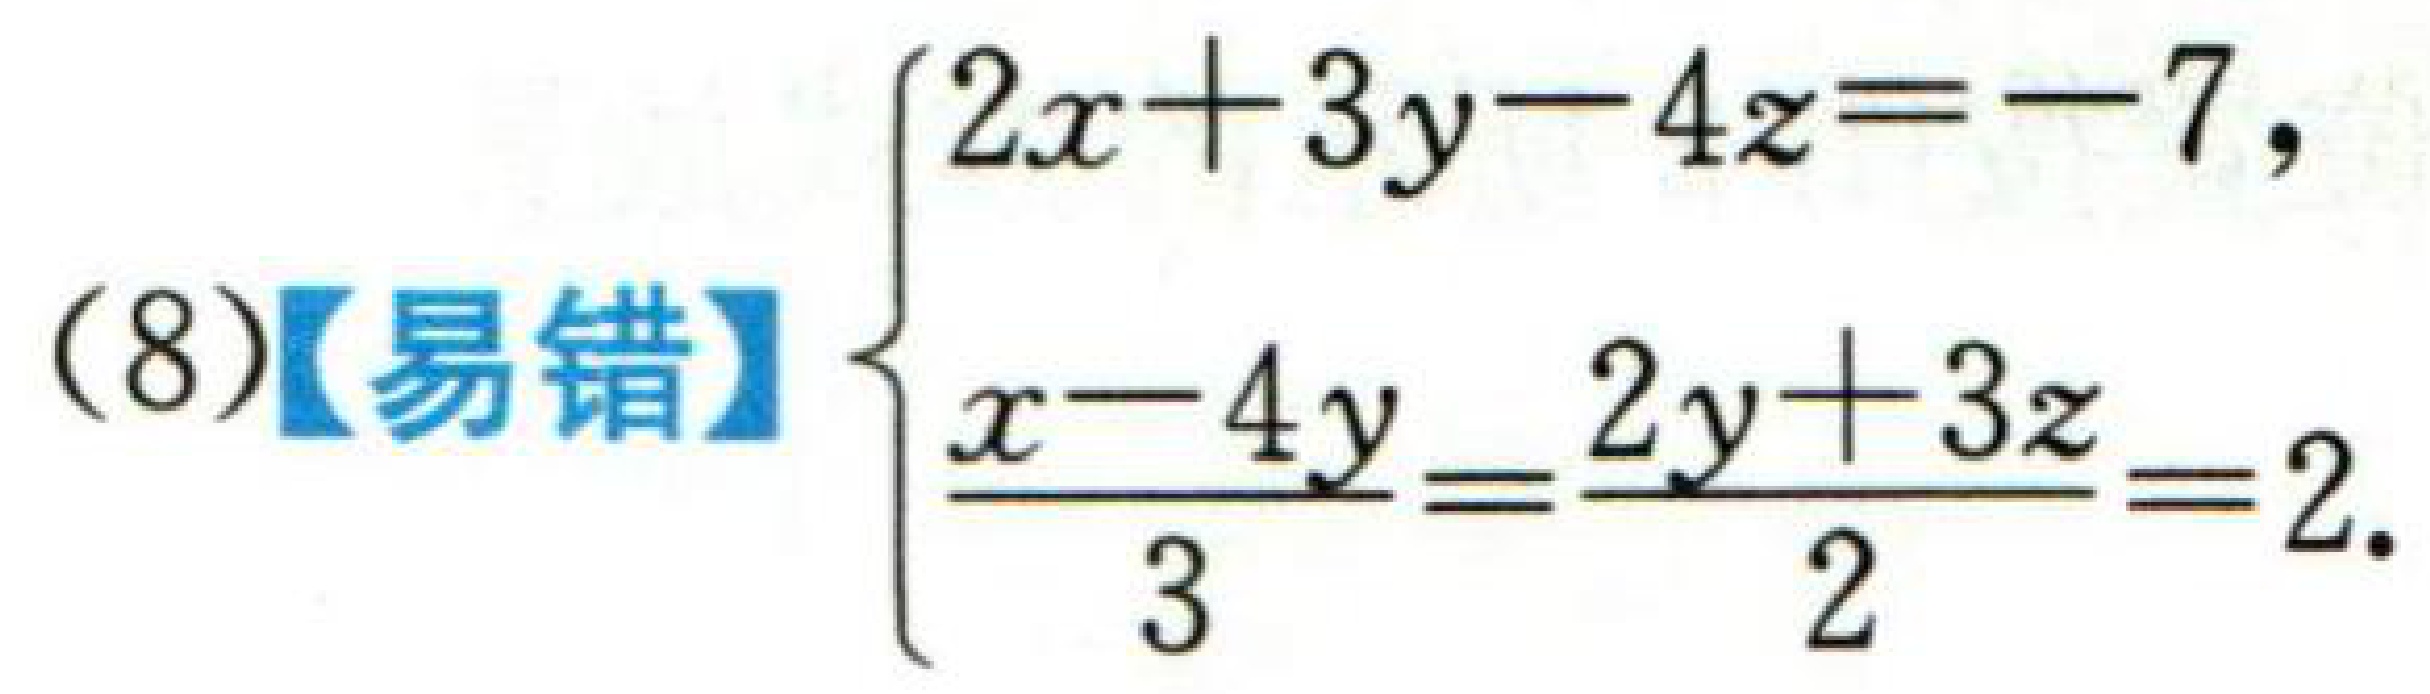
(8)【易错】$\begin{cases}2x + 3y-4z=-7,\\\frac{x - 4y}{3}=\frac{2y + 3z}{2}=2.\end{cases}$